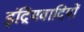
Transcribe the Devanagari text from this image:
इंद्रियवादियों